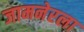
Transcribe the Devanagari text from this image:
जामनेरला